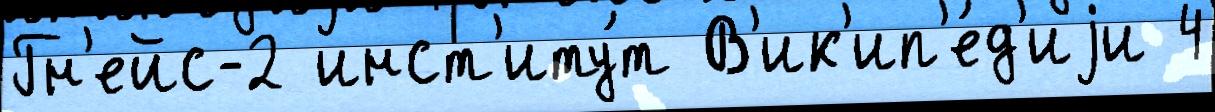
Гн'ейс-2 инст'иту́т В'ик'ип'е́д'иjи 4